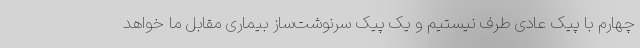
چهارم با پیک عادی طرف نیستیم و یک پیک سرنوشت‌ساز بیماری مقابل ما خواهد